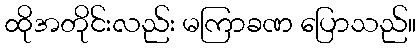
ထိုအတိုင်းလည်း မကြာခဏ ပြောသည်။